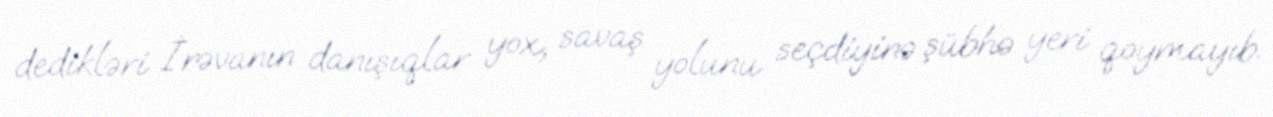
dedikləri İrəvanın danışıqlar yox, savaş yolunu seçdiyinə şübhə yeri qoymayıb.